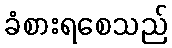
ခံစားရစေသည်